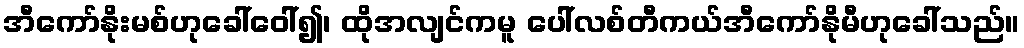
အီကော်နိုးမစ်ဟုခေါ်ဝေါ်၍၊ ထိုအလျင်ကမူ ပေါ်လစ်တီကယ်အီကော်နိုမီဟုခေါ်သည်။